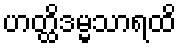
ဟတ္ထိဒမ္မသာရထိ